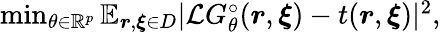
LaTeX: \begin{array}{r}{\operatorname*{min}_{\theta\in\mathbb{R}^{p}}\mathbb{E}_{\boldsymbol{r},\boldsymbol{\xi}\in D}|\mathcal{L}G_{\theta}^{\circ}(\boldsymbol{r},\boldsymbol{\xi})-t(\boldsymbol{r},\boldsymbol{\xi})|^{2},}\end{array}